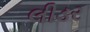
લીડર